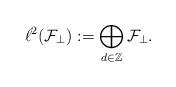
LaTeX: \begin{align*}\ell^2 (\mathcal{F}_\perp):= \bigoplus_{d\in\mathbb{Z}} \mathcal{F}_\perp.\end{align*}